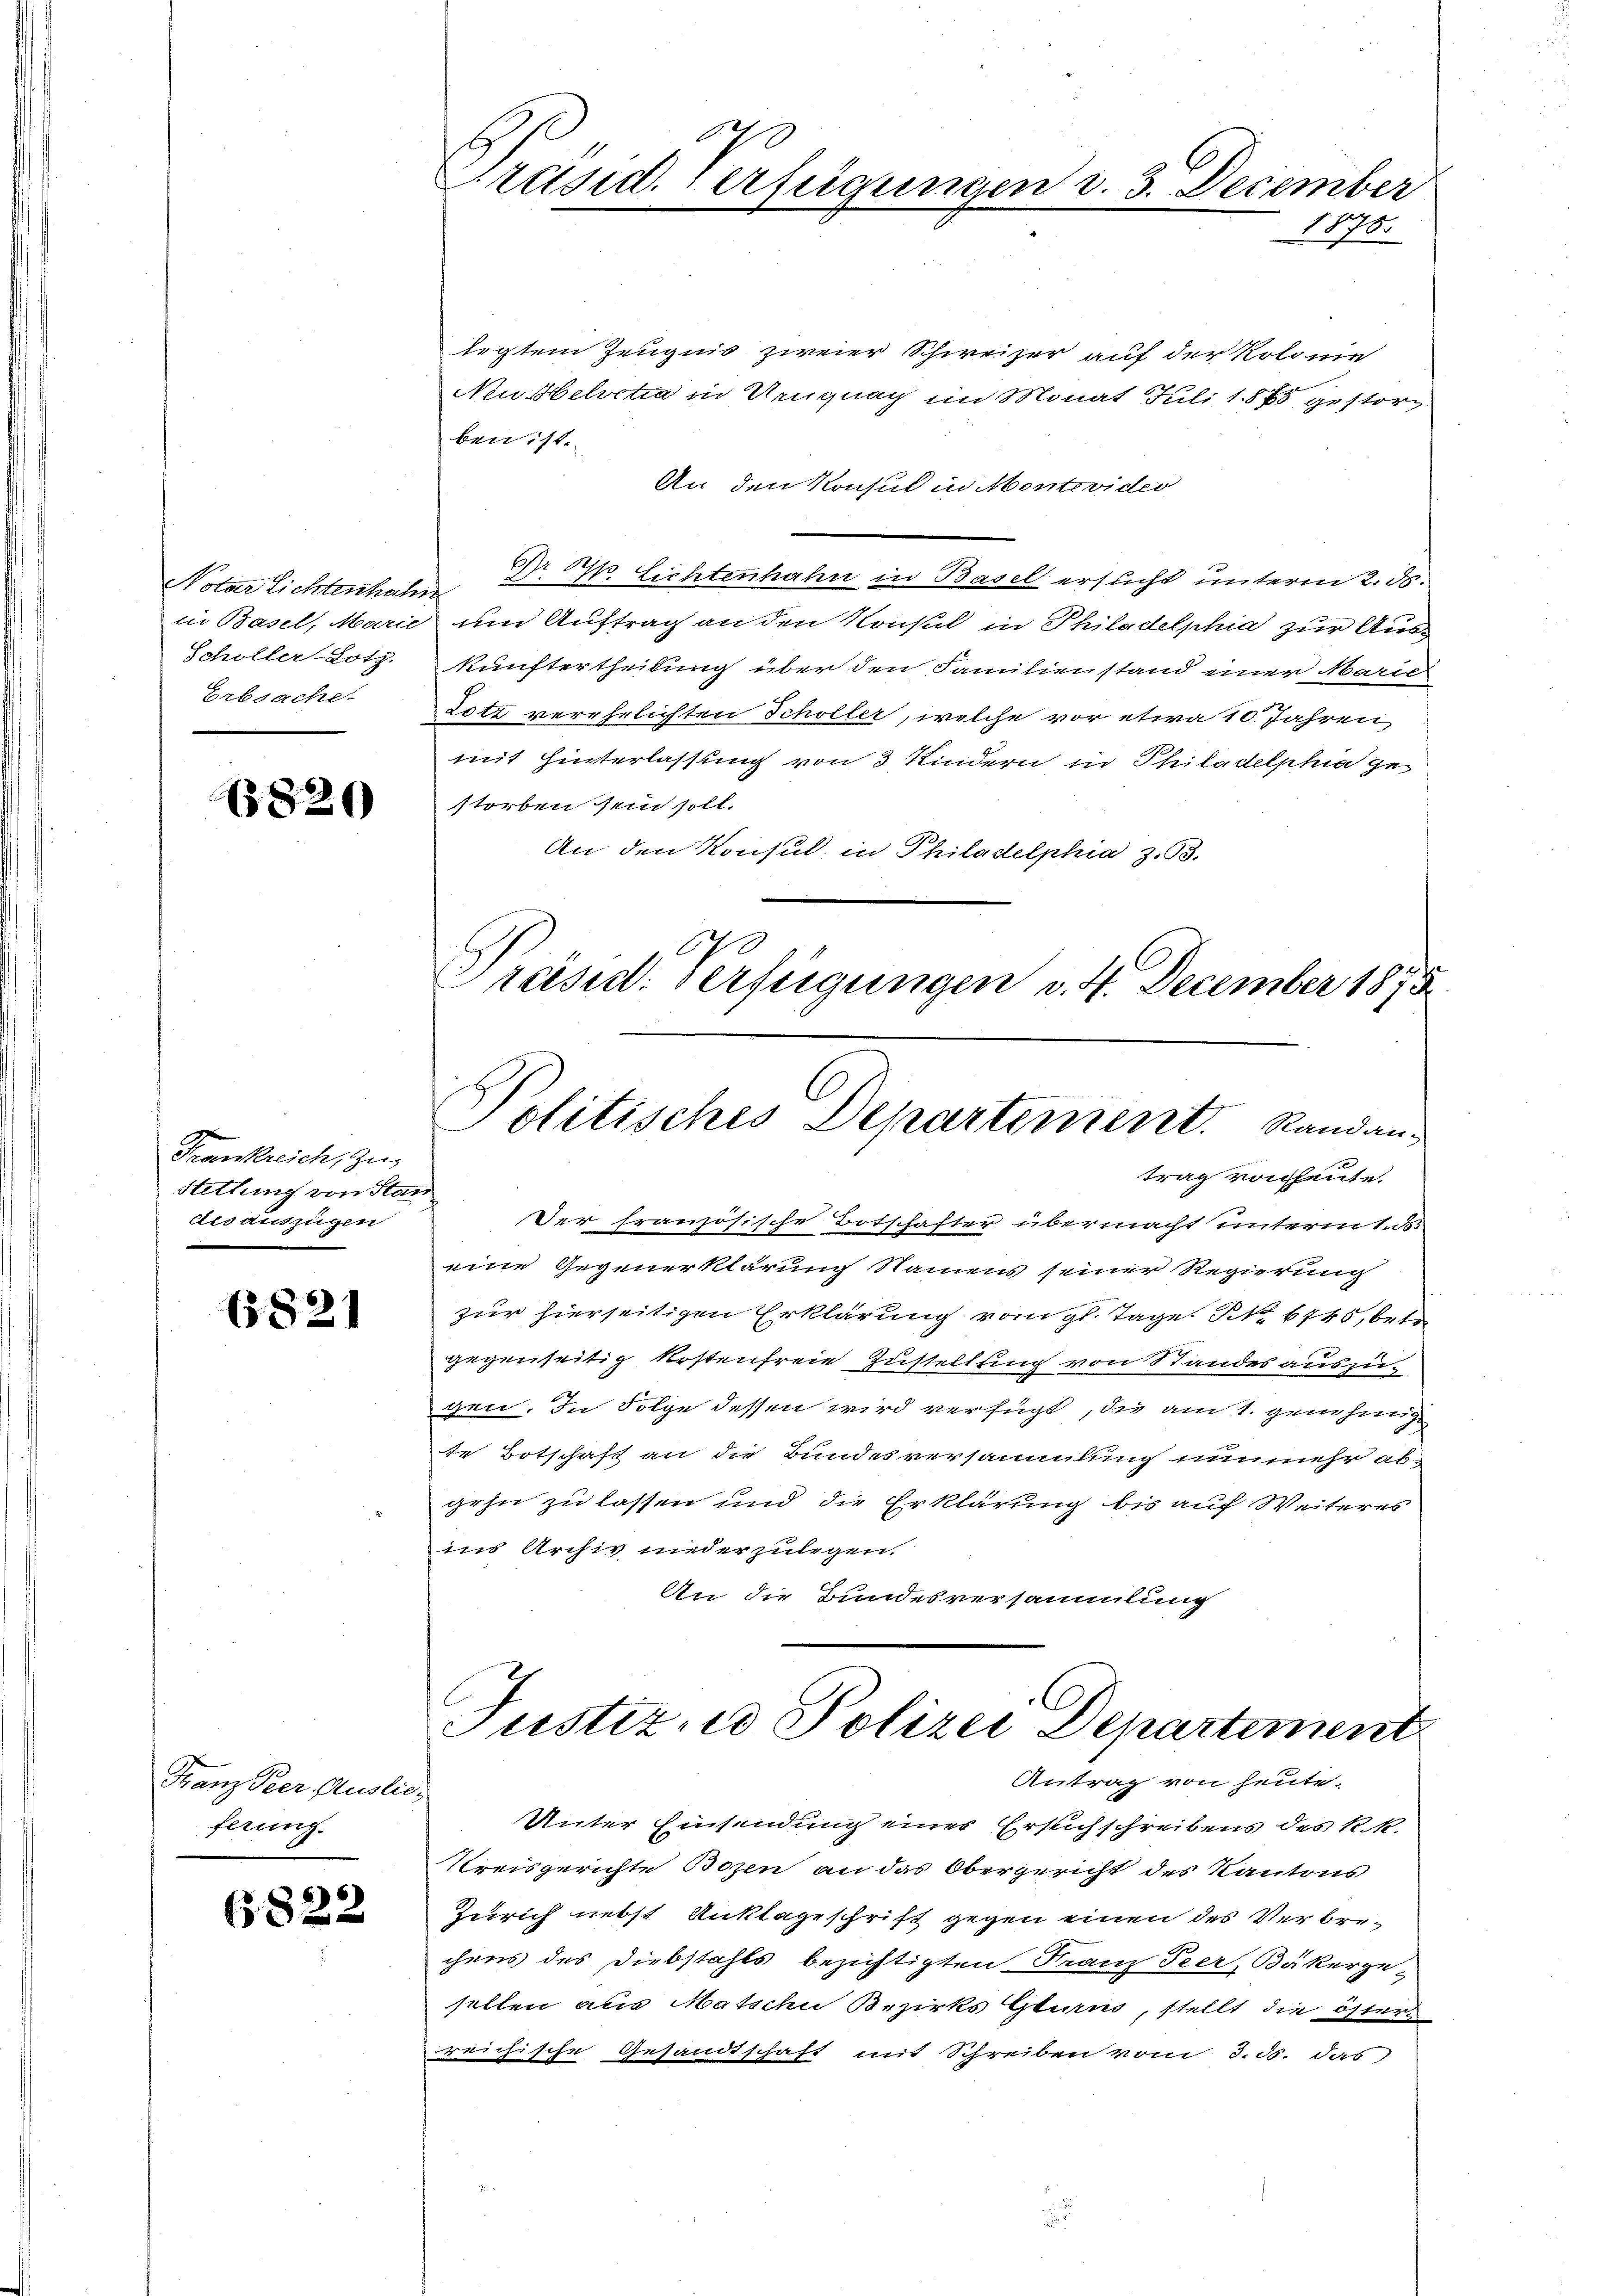
Notar Lichtenhahn
Schöller-Lotz.
Erbsache.

1820

Frankreich, zu
Stellung von Stan
desauszügen

6821

Franz Peer Auslieferung.

6822

Prusid. Verfügungen v. 3. December
1876.

legtem Zeugnis zweier Schweizer auf der Kolonie
Neußbelvetia in Uruguag im Monat Juli 1875 gestorben ist.
An den Konsul in Montevider
Nr 5 Lichtenhahn in Basel ersucht unterm 2. ds.
in Basel, Marie und Auftrag an den Krisul in Philadelphia zur Auskunftertheilung über den Familie stand einer Marie
Lotz verehelichten Schöller, welche vor etwa 10. Jahren,
mit Hinterlassung von 3 Kindern in Philadelphia gestorben sein soll.
An den Konsul in Philadelphia z. B.
E
Präsid. Verfügungen v. 4. December 1875.

Politisches Departement. Randantrag von heute.

Der französische Botschafter übermacht unterm 1. ds.
eine Gegenerklärung Namens seiner Regierung
zur hierseitigen Erklärung vom gl. Tage No 6745, betr
gegenseitig kostenfreie Zustellung von Standes aussegen. In Folge dessen wird verfügt, die am 1. genehmig
te Botschaft an die Bundesversammlung unmehr abgehn zu lassen und die Erklärung bis auf Weiteres
ins Archiv niderzulegen.
An die Bundesversammlung
Justiz- u Polizei Departement
Antrag von heute.
Unter Einsendung eines Erstichschreibens des k.k.
Kreisgerichte Bozen an das Obergericht des Kantons
Zürich nebst Anklageschrift gegen einen des Verbrechens des Diebstahls bezichtigten Franz Peer, Bäkerge-
sellen aus Matsche Bezirks Glarus, stellt die östers
reichische Gesandtschaft mit Schreiben vom 3. ds. das